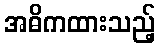
အဓိကထားသည့်